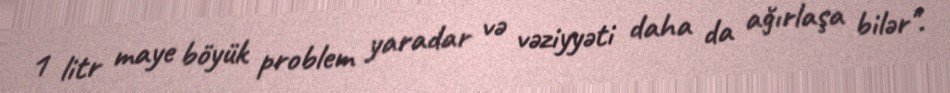
1 litr maye böyük problem yaradar və vəziyyəti daha da ağırlaşa bilər".